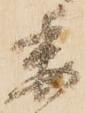
委